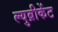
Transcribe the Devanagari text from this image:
ल्युब्रीकेंट